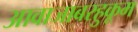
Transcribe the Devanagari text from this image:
आवाजाबरहुकूम